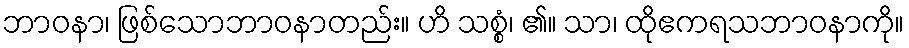
ဘာဝနာ၊ ဖြစ်သောဘာဝနာတည်း။ ဟိ သစ္စံ၊ ၏။ သာ၊ ထိုဧကရသဘာဝနာကို။